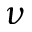
\nu